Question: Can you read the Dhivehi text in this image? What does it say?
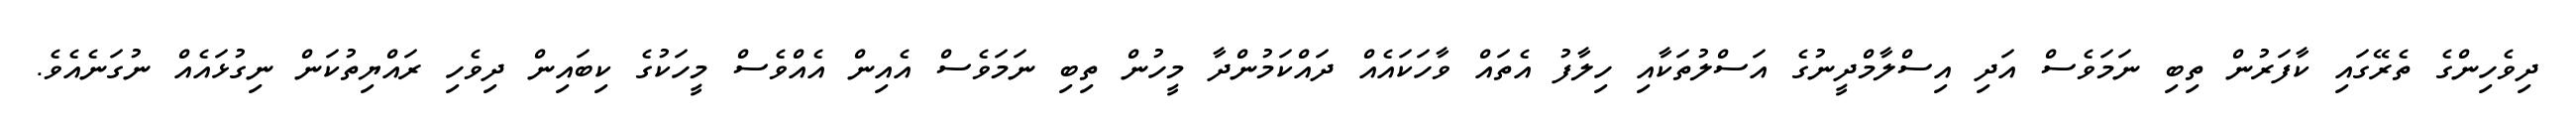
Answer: ދިވެހިންގެ ތެރޭގައި ކާފަރުން ތިބި ނަމަވެސް އަދި އިސްލާމްދީނުގެ އަސްލުތަކާއި ހިލާފު އެތައް ވާހަކައެއް ދައްކަމުންދާ މީހުން ތިބި ނަމަވެސް އެއިން އެއްވެސް މީހަކުގެ ކިބައިން ދިވެހި ރައްޔިތުކަން ނިގުޅައެއް ނުގަނެއެވެ.